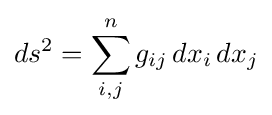
ds^{2}=\sum _{i,j}^{n}g_{ij}\,dx_{i}\,dx_{j}